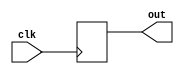
`timescale 1ns / 1ps
//////////////////////////////////////////////////////////////////////////////////
// Company: 
// Engineer: 
// 
// Design Name: 
// Module Name: moorey
// Project Name: 
// Target Devices: 
// Tool Versions: 
// Description: 
// 
// Dependencies: 
// 
// Revision:
// Revision 0.01 - File Created
// Additional Comments:
// 
//////////////////////////////////////////////////////////////////////////////////

module rand(clk,out);
output reg out;
input clk;
always @(posedge clk)
begin
out=$urandom;
//$display("%b",out);
end
endmodule

module moorey_101(x,clk,rst,out);
input clk,rst,x;
output reg out;
reg [1:0]state=2'b00;

always @(posedge clk,posedge rst)
begin
if(rst)
out=0;
else
case(state)
0:begin
out=0;
if(x==1)
state=1;
end
1:begin
out=0;
if(x==0)
state=2;
end
2:begin
out=0;
if(x==0)
state=0;
else
state=3;
end
3:begin
out=1;
if(x==1)
state=1;
else
state=2;
end
endcase
end
endmodule

module test;
reg clk,rst;
wire bitg;
wire out;
rand r1(clk,bitg);
moorey_101 x1(bitg,clk,rst,out);
initial
begin
clk=0;rst=1; #10
rst=0; #100
rst=1;#10
$stop;
end
initial
#150 $stop;

always #1.5 clk=~clk;
endmodule